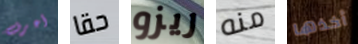
أعرف حقا ريزو منه أخذها